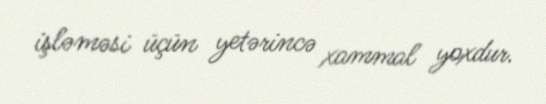
işləməsi üçün yetərincə xammal yoxdur.